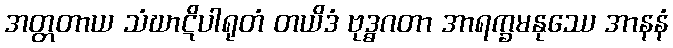
အတ္တတာယ သံဃာဋိပါရုတံ တယိဒံ ဗုဒ္ဓဂတာ အာရက္ခမနုဿေ အာနနံ